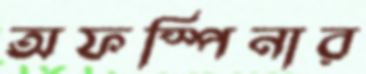
অফস্পিনার